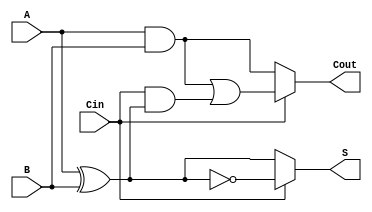
module ConditionalSumFullAdder (
    input wire A,      // First input bit
    input wire B,      // Second input bit
    input wire Cin,    // Carry-in bit
    output wire S,     // Sum output
    output wire Cout    // Carry-out output
);

// Intermediate signals for sums and carry-outs
wire S0, S1;
wire C0, C1;

// Compute potential sums
assign S0 = A ^ B;                // Sum when Cin = 0
assign S1 = A ^ B ^ 1'b1;         // Sum when Cin = 1

// Compute potential carry-outs
assign C0 = A & B;                // Carry-out when Cin = 0
assign C1 = (A & B) | (Cin & (A ^ B)); // Carry-out when Cin = 1

// Final output selection based on Cin
assign S = (Cin) ? S1 : S0;       // Final sum output
assign Cout = (Cin) ? C1 : C0;    // Final carry-out output

endmodule